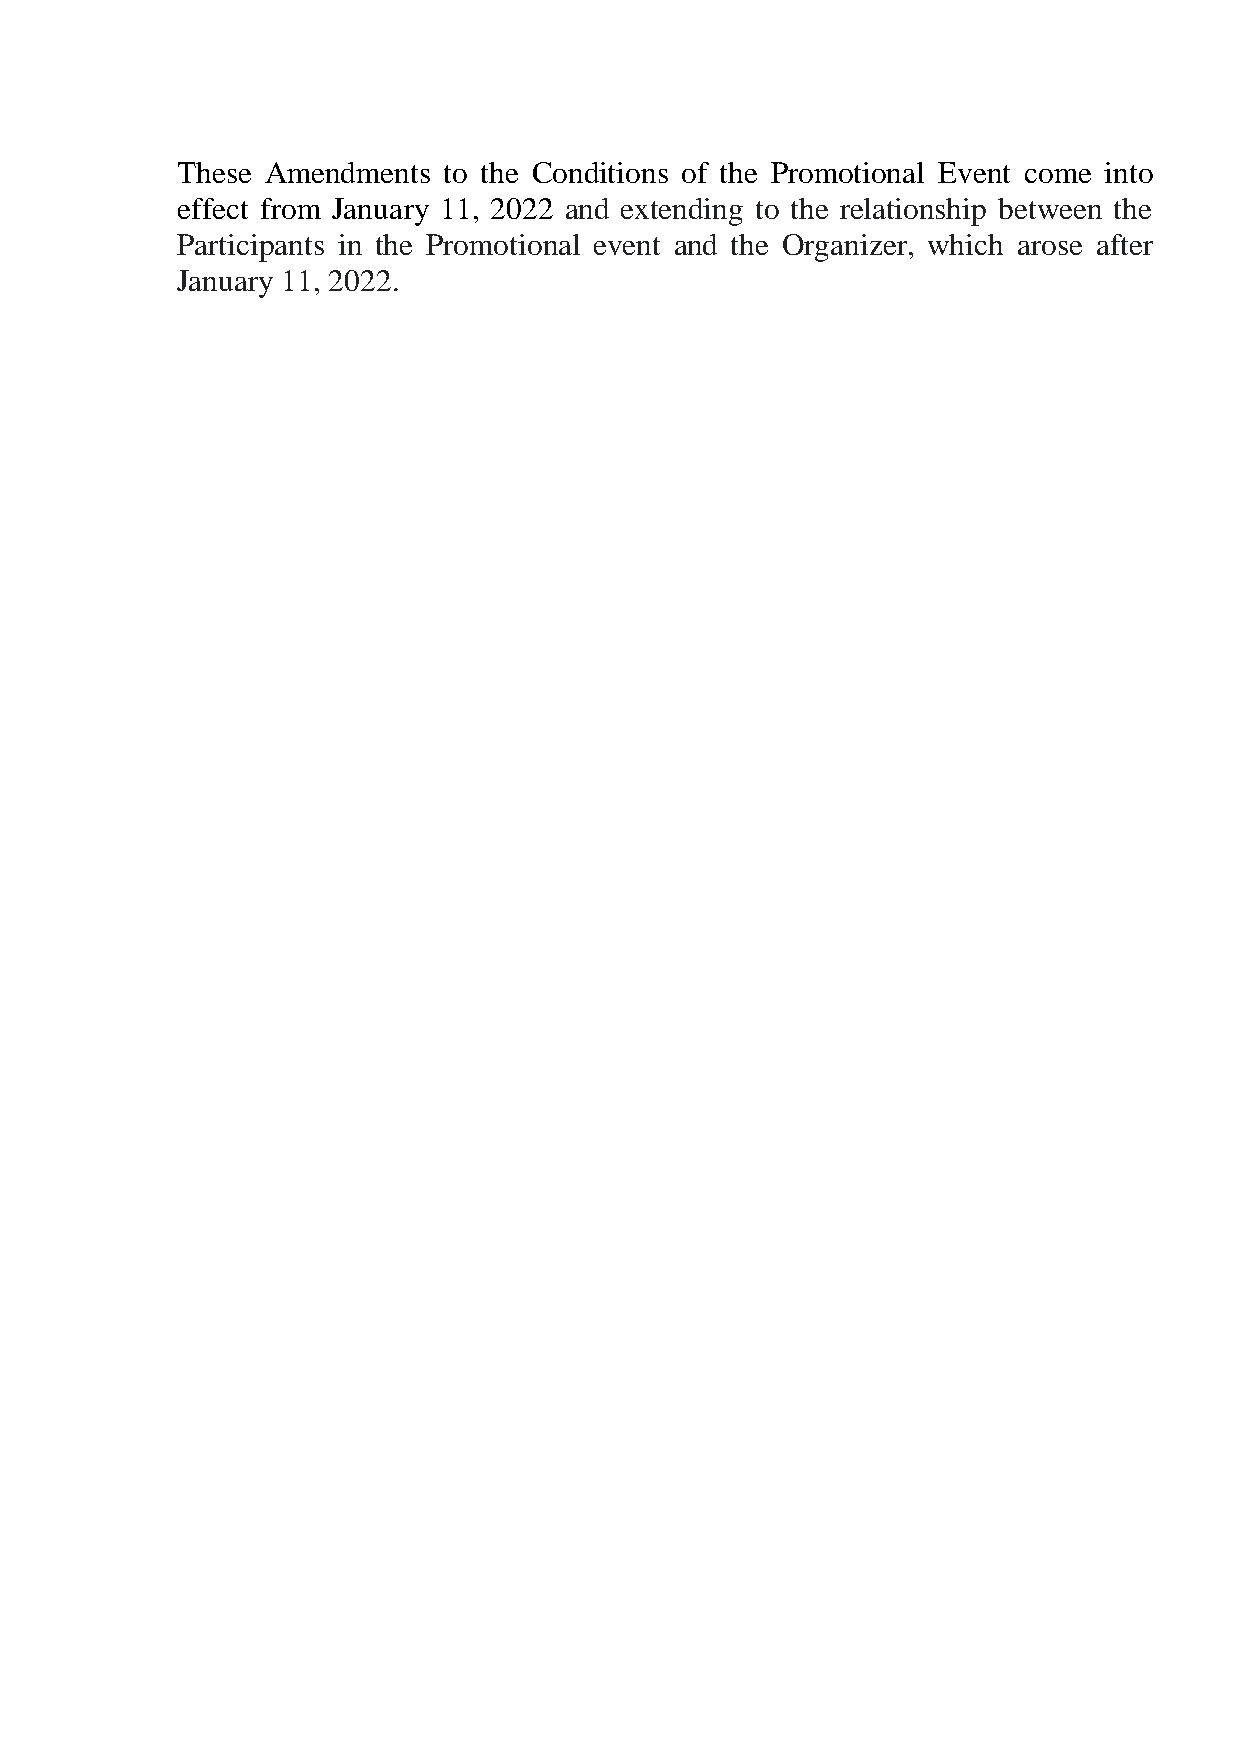
These Amendments to the Conditions of the Promotional Event come into
 effect from January 11, 2022 and extending to the relationship between the
 Participants in the Promotional event and the Organizer, which arose after
 January 11, 2022.